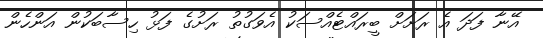
އޭނާ ފަދަ އެ ރަށަށް ބީރައްޓެއްސަކު އެވަގުތު ރަށުގެ ފަޅު ހިސާބަކުން އަންހެން